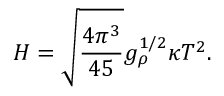
H = \sqrt { { \frac { 4 \pi ^ { 3 } } { 4 5 } } } g _ { \rho } ^ { 1 / 2 } \kappa T ^ { 2 } .